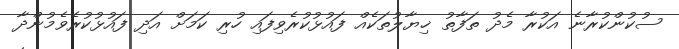
ސުކުންކުރާނެ އަކުރާ މެދު ތަފާތު ޚިޔާލުތަކެއް ފައުޅުކުރެވިފައި ހުރި ކަމަށް އަދި ފައުޅުކުރެވެމުންދާ